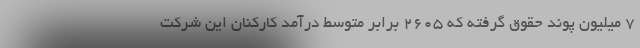
۷ میلیون پوند حقوق گرفته که ۲۶۰۵ برابر متوسط درآمد کارکنان این شرکت